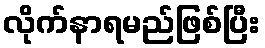
လိုက်နာရမည်ဖြစ်ပြီး